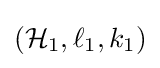
({\mathcal {H}}_{1},\ell _{1},k_{1})